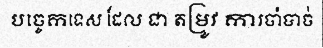
បច្ចេកទេស ដែល ជា តម្រូវ ការចាំបាច់